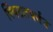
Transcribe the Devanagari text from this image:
क्विंटलपर्यंत